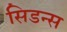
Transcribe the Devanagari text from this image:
सिडन्स